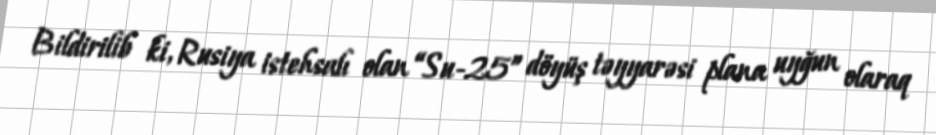
Bildirilib ki, Rusiya istehsalı olan “Su-25” döyüş təyyarəsi plana uyğun olaraq